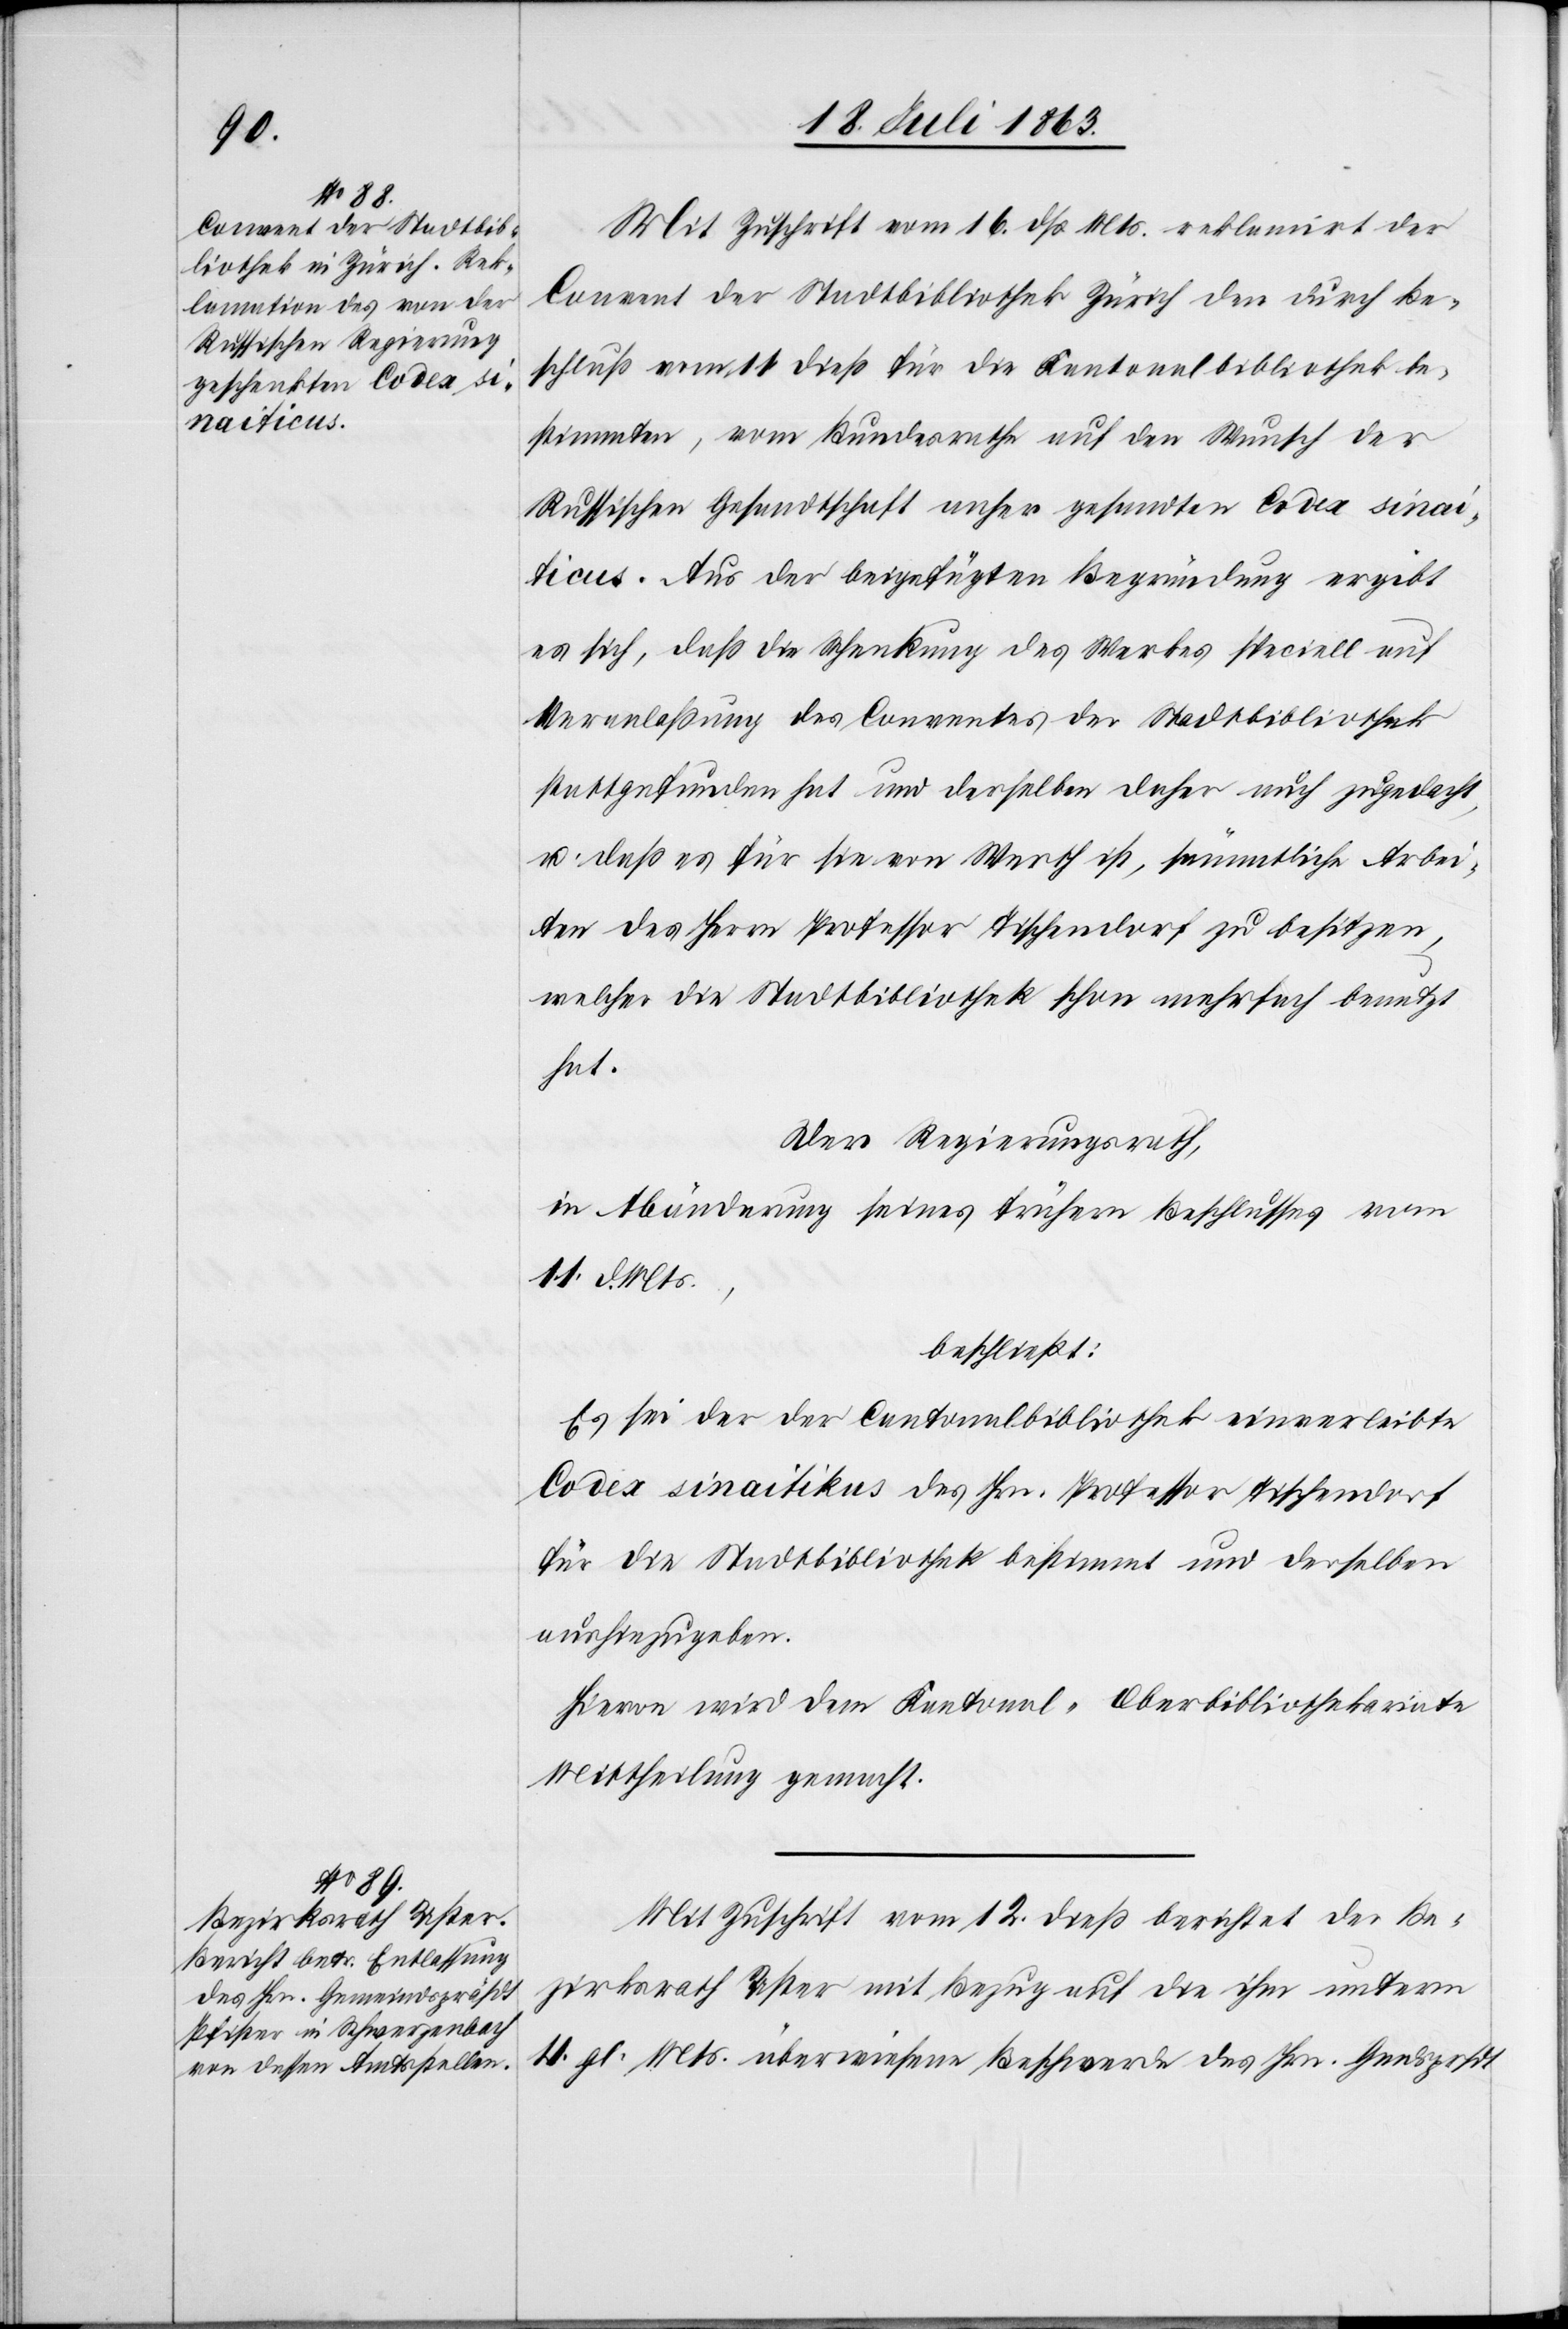
Mit Zuschrift vom 16. dß. Mts. reklamirt der
Convent der Stadtbibliothek Zürich den durch Be¬
schluß vom 11. dieß für die Kantonalbibliothek be¬
stimmten, vom Bundesrathe auf den Wunsch der
Russischen Gesandtschaft anher gesandten Codex sinai¬
ticus. Aus der beigefügten Begründung ergibt
es sich, daß die Schenkung des Werkes speciell auf
Veranlaßung des Conventes der Stadtbibliothek
stattgefunden hat und derselben daher auch zugedacht,
u. daß es für sie von Werth ist, sämmtliche Arbei¬
ten des Herrn Professor Tischendorf zu besitzen,
welcher die Stadtbibliothek schon mehrfach benutzt
hat.
Der Regierungsrath,
in Abänderung seines frühern Beschlusses vom
11. d. Mts.,
beschließt:
Es sei der der Cantonalbibliothek einverleibte
Codex sinaitikus des Hrn. Professor Tischendorf
für die Stadtbibliothek bestimmt und derselben
aushinzugeben.
Hievon wird dem Kantonal-Oberbibliothekariate
Mittheilung gemacht.
Mit Zuschrift vom 12. dieß berichtet der Be¬
zirksrath Uster mit Bezug auf die ihm unterm
4. gl. Mts. überwiesene Beschwerde des Hrn. Gmdsprsdt